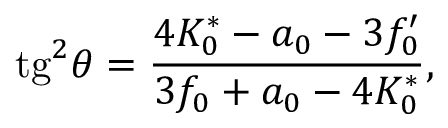
\mathrm { t g } ^ { 2 } \theta = \frac { 4 K _ { 0 } ^ { * } - a _ { 0 } - 3 f _ { 0 } ^ { \prime } } { 3 f _ { 0 } + a _ { 0 } - 4 K _ { 0 } ^ { * } } ,